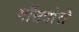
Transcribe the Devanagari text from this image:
मॉसबोरो